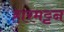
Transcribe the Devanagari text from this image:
हारमट्टन